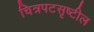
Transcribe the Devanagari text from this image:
चित्रपटसृष्टील